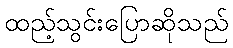
ထည့်သွင်းပြောဆိုသည်